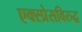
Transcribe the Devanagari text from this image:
एक्स्प्रेसविरुद्ध